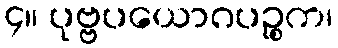
၄။ ပုဗ္ဗပယောဂပဉ္စက၊